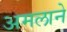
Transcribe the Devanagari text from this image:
अमलाने